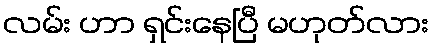
လမ်း ဟာ ရှင်းနေပြီ မဟုတ်လား